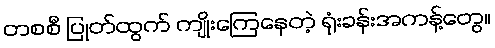
တစစီ ပြုတ်ထွက် ကျိုးကြေနေတဲ့ ရုံးခန်းအကန့်တွေ။